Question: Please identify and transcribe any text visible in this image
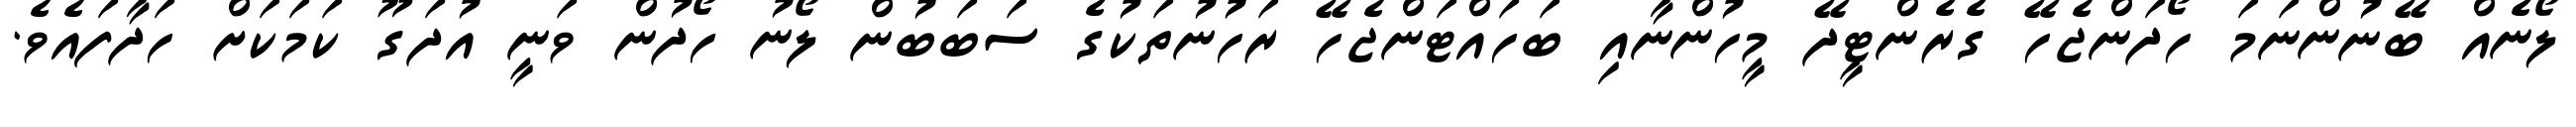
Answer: ލޯނެއް ބޭނުންނަމަ ހޯދަންޖެހޭ ގެރެންޓީދޭ މީހުންނާއި ބަހައްޓަންޖެހޭ ރަހުނުތަކުގެ ސަބަބުން ލޯނު ހޯދުން ވަނީ އުދަގޫ ކަމަކަށް ހަދާފައެވެ.